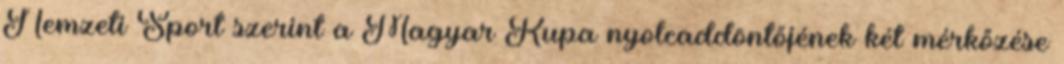
Nemzeti Sport szerint a Magyar Kupa nyolcaddöntőjének két mérkőzése